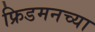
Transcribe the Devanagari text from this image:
फ्रिडमनच्या